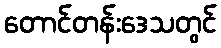
တောင်တန်းဒေသတွင်